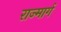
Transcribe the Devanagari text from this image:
राज्मार्ग